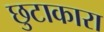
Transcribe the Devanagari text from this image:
छुटाकारा